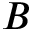
B